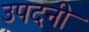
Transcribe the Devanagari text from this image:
उपदनी